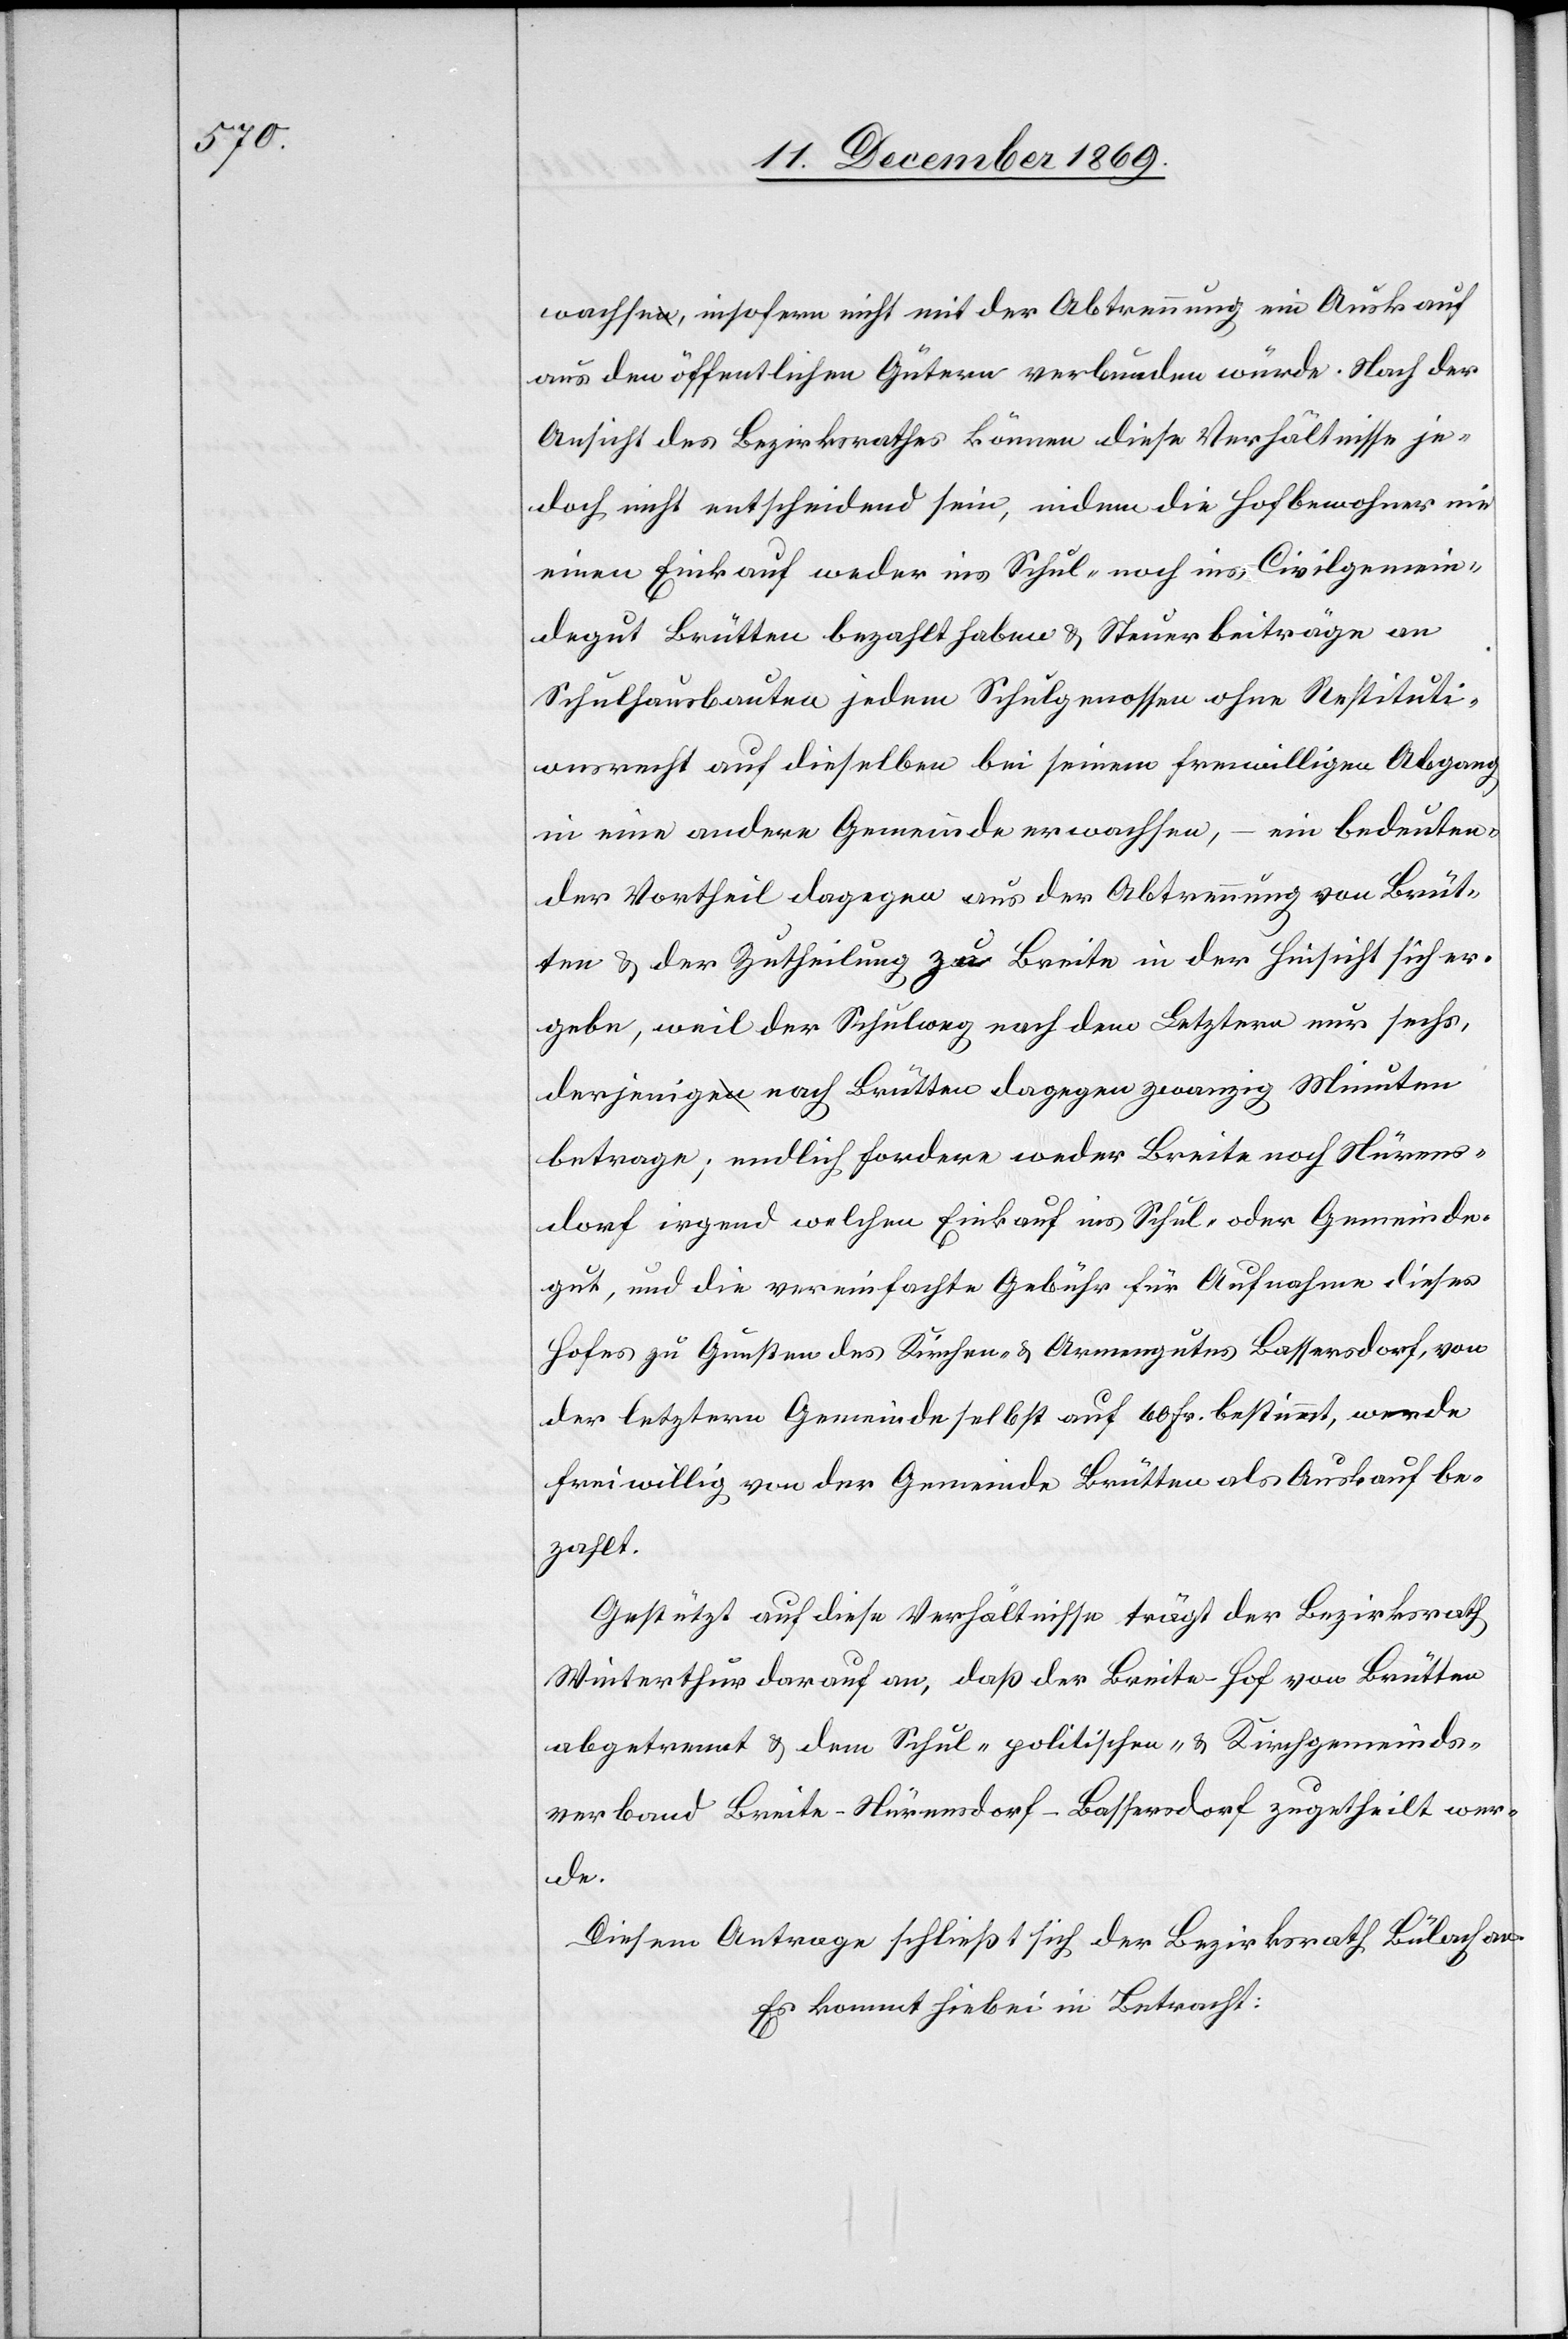
wachse, insofern nicht mit der Abtrennung ein Auskauf
aus den öffentlichen Gütern verbunden würde. Nach der
Ansicht des Bezirksrathes können diese Verhältnisse je¬
doch nicht entscheidend sein, indem die Hofbewohner nie
einen Einkauf weder ins Schul- noch ins Civilgemein¬
degut Brütten bezahlt haben & Steuerbeiträge an
Schulhausbauten jedem Schulgenossen ohne Restituti¬
onsrecht auf dieselben bei seinem freiwilligen Abgang
in eine andere Gemeinde erwachsen, – ein bedeuten¬
der Vortheil dagegen aus der Abtrennung von Brüt¬
ten & der Zutheilung zu Breite in der Hinsicht sich er¬
gebe, weil der Schulweg nach dem Letztern nur sechs,
derjenige nach Brütten dagegen zwanzig Minuten
betrage; endlich fordere weder Breite noch Nürens¬
dorf irgend welchen Einkauf ins Schul- oder Gemeinde¬
gut, und die vereinfachte Gebühr für Aufnahme dieses
Hofes zu Gunsten des Kirchen- & Armengutes Bassersdorf, von
der letztern Gemeinde selbst auf 60 Fr. bestimmt, werde
freiwillig von der Gemeinde Brütten als Auskauf be¬
zahlt.
Gestützt auf diese Verhältnisse trägt der Bezirksrath
Winterthur darauf an, daß der Breite-Hof von Brütten
abgetrennt & dem Schul-[,] politischen- & Kirchgemeinds¬
verband Breite-Nürensdorf-Bassersdorf zugetheilt wer¬
de.
Diesem Antrage schließt sich der Bezirksrath Bülach an.
Es kommt hiebei in Betracht: